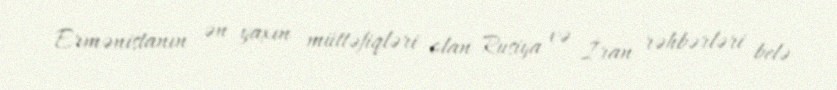
Ermənistanın ən yaxın müttəfiqləri olan Rusiya və İran rəhbərləri belə